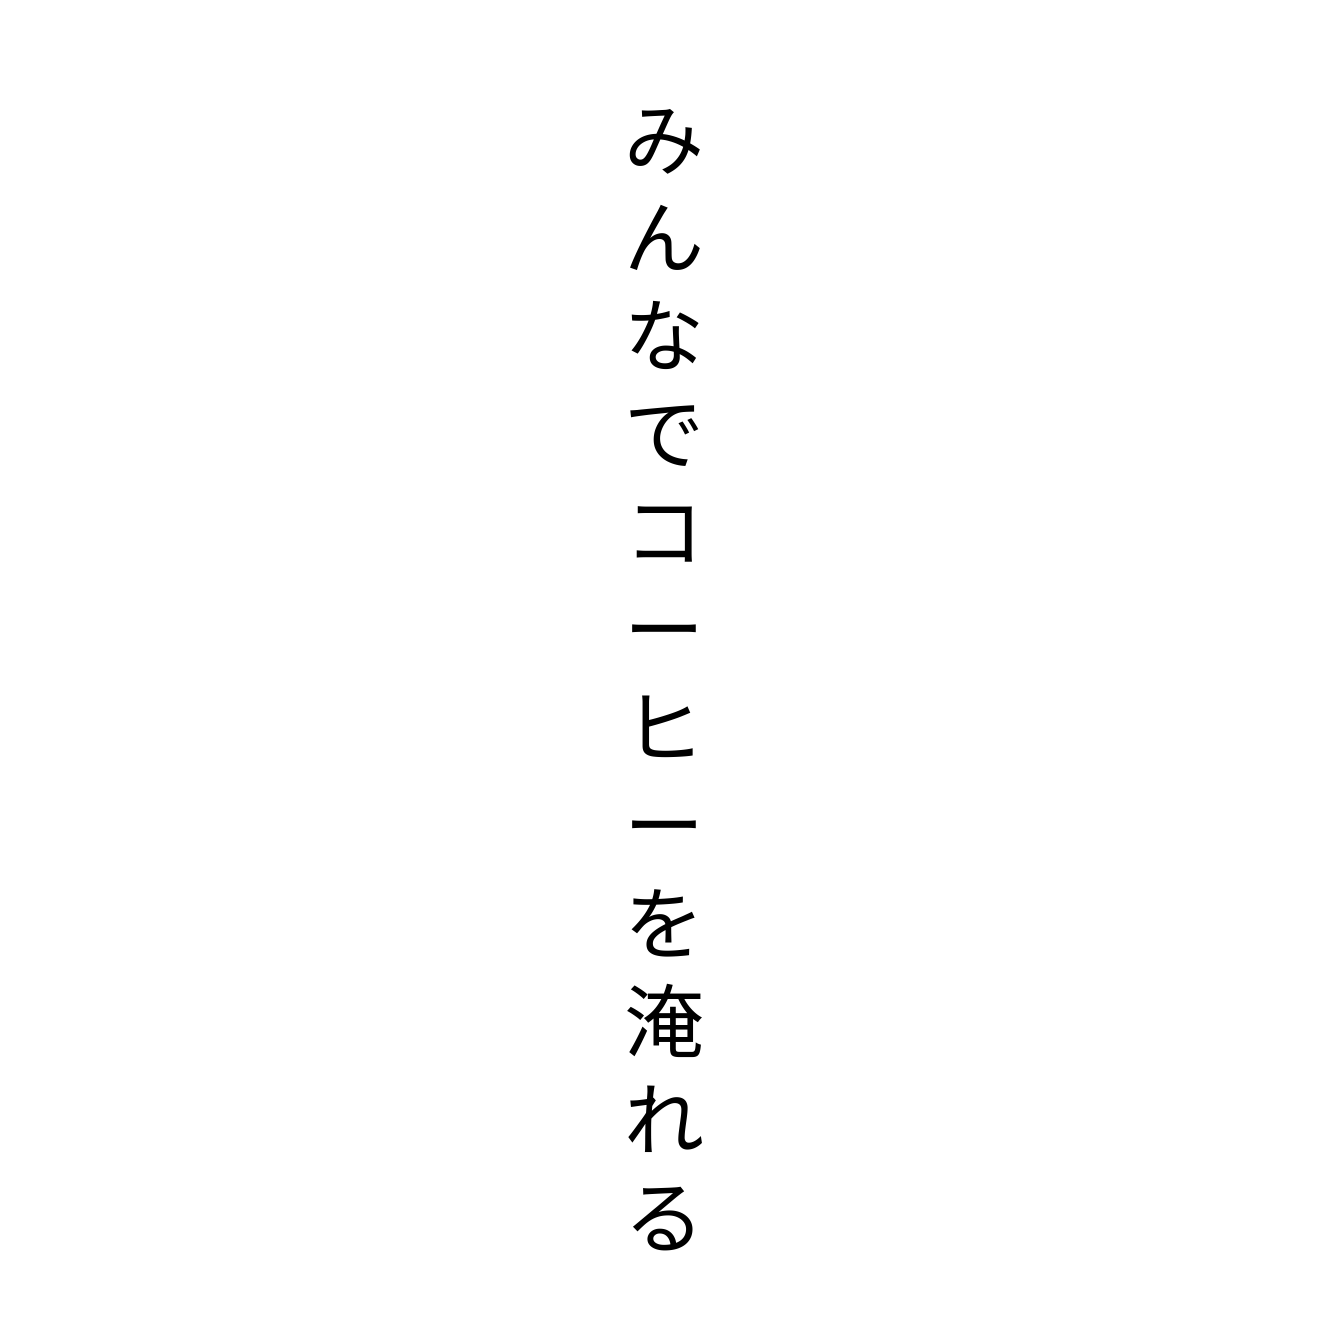
みんなでコーヒーを淹れる